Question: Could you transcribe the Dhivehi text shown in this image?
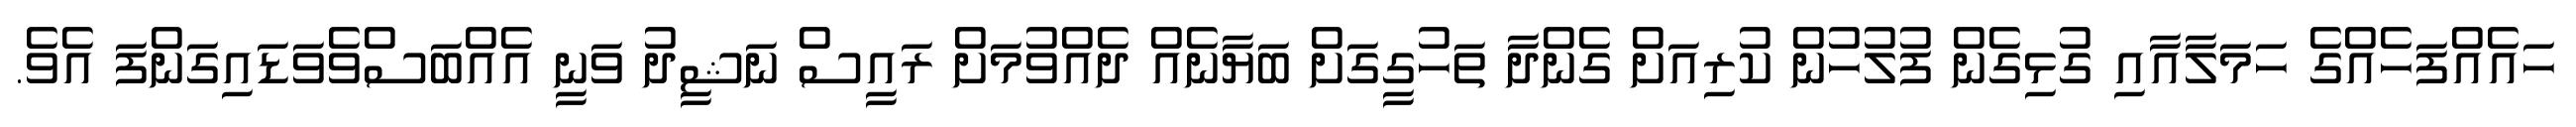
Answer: ހައެއްފަހެއްގެ ހަމަލާއާއި ގުޅިގެން ފުލުހުން ކުރިއަށް ގެންދާ ތަހުގީގަށް ބަޔާނެއް ދެއްވުމަށް ރައީސް ނަޝީދު ވަނީ އެއްބަސްވެވަޑައިގަންފަ އެވެ.